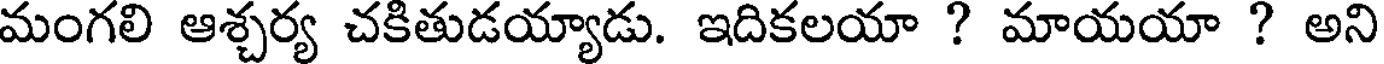
మంగలి ఆశ్చర్య చకితుడయ్యాడు. ఇదికలయా ? మాయయా ? అని